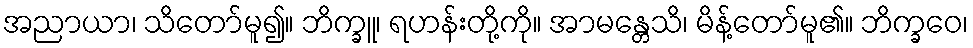
အညာယာ၊ သိတော်မူ၍။ ဘိက္ခူ၊ ရဟန်းတို့ကို။ အာမန္တေသိ၊ မိန့်တော်မူ၏။ ဘိက္ခဝေ၊